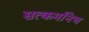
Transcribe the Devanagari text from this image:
सत्कर्मानेच